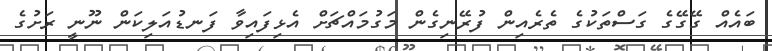
ބައެއް ގޭގޭގެ ގަސްތަކުގެ ތެރެއިން ފުރޭނިގެން މަގުމައްޗަށް އެޅިފައިވާ ފަނޑުއަލިކަން ނޫނީ ރަށުގެ